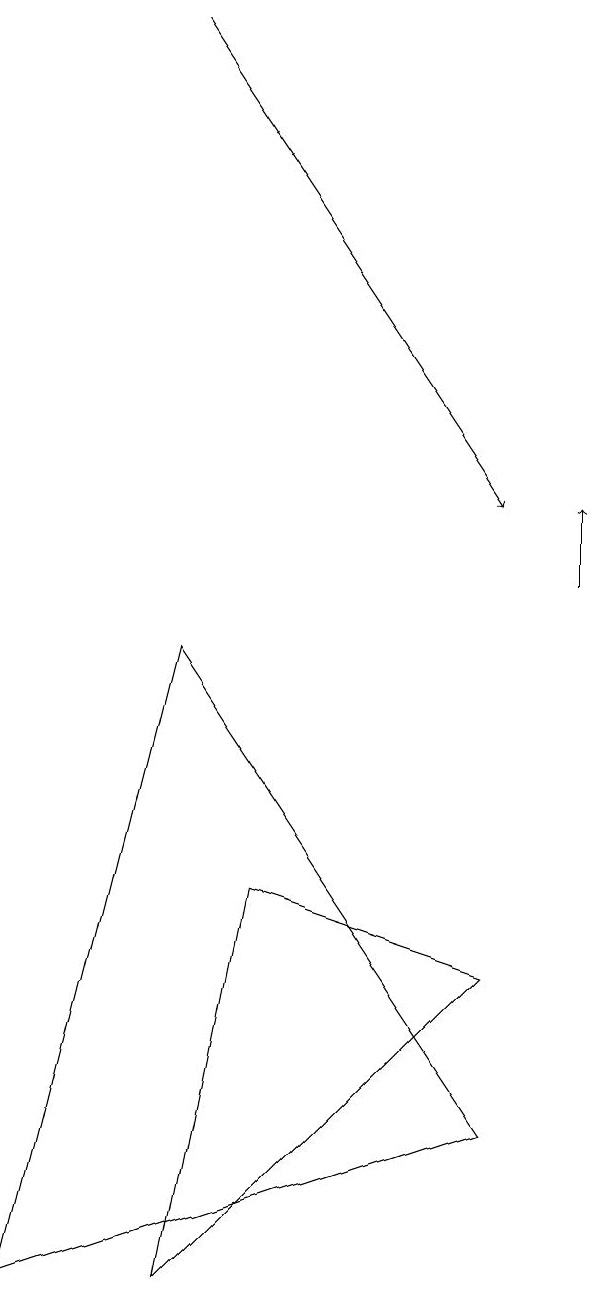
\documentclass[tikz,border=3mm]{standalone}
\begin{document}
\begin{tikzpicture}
\draw (8,5) -- (5,6) -- (4,1) -- cycle;
\draw (2,1) -- (8,3) -- (4,9) -- cycle;
\draw[->] (4,17) -- (8,11);
\draw[->] (9,10) -- (9,11);
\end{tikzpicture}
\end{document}